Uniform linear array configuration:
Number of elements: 48
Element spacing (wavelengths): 0.5
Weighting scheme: kaiser
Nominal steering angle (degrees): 45
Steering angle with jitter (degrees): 46.623
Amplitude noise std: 0.05
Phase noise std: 0.05

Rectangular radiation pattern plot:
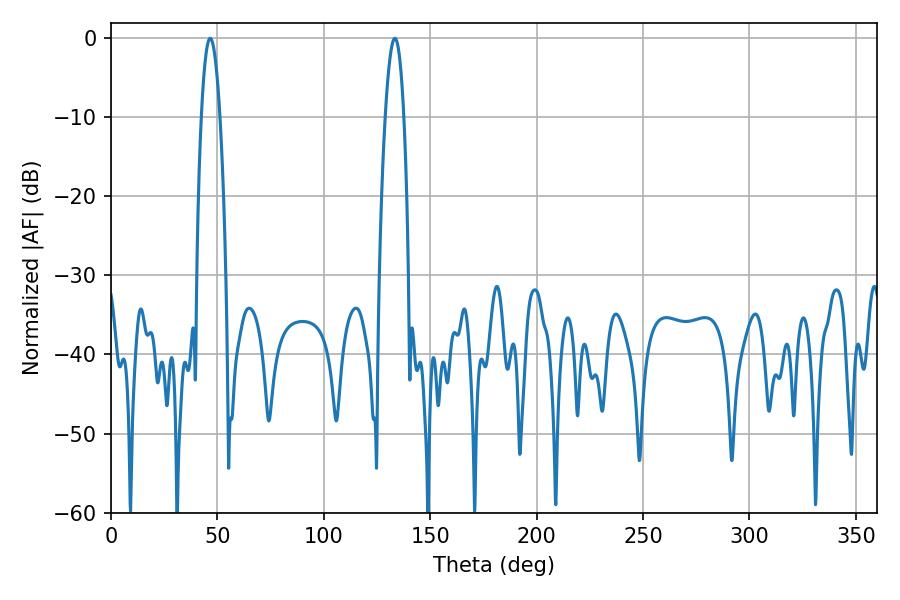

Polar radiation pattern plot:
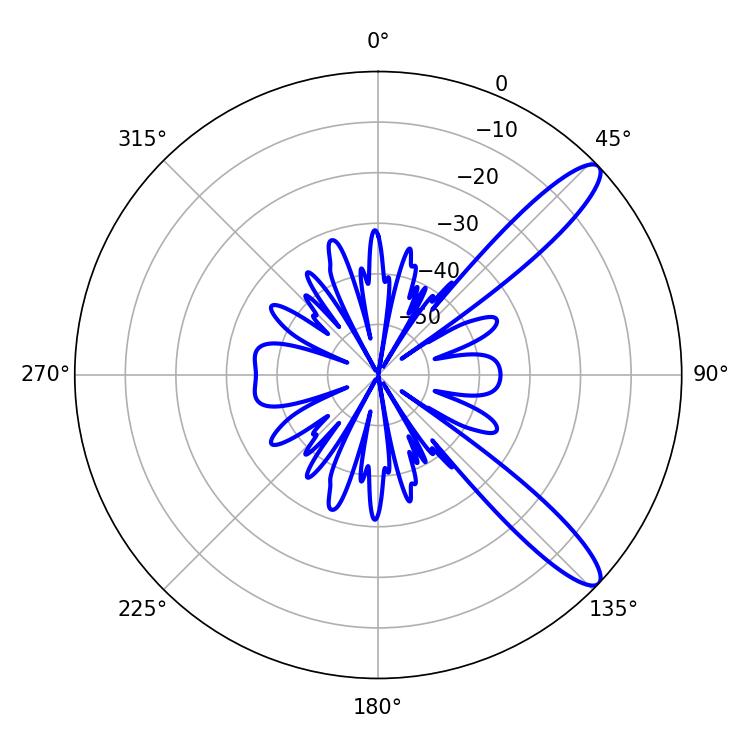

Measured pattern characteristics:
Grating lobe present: FALSE
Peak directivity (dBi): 11.799
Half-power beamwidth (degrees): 4.86
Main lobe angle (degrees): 46.62